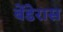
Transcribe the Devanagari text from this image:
बेंडेरास